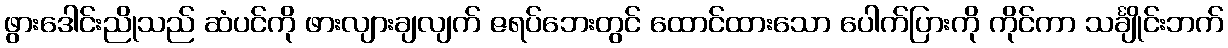
ဖွားဒေါင်းညိုသည် ဆံပင်ကို ဖားလျားချလျက် ဇရပ်ဘေးတွင် ထောင်ထားသော ပေါက်ပြားကို ကိုင်ကာ သင်္ချိုင်းဘက်